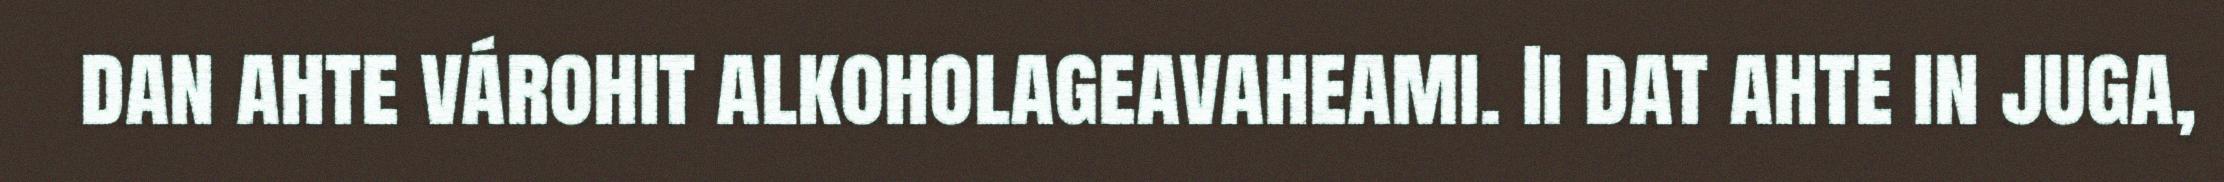
dan ahte várohit alkoholageavaheami. Ii dat ahte in juga,